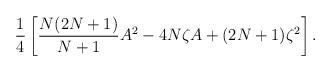
LaTeX: \begin{align*}\frac{1}{4} \left[ \frac{N(2N+1)}{N+1} A^2 - 4N \zeta A + (2N+1) \zeta^2 \right].\end{align*}